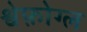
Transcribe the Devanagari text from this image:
श्वेफ़ोग्ल